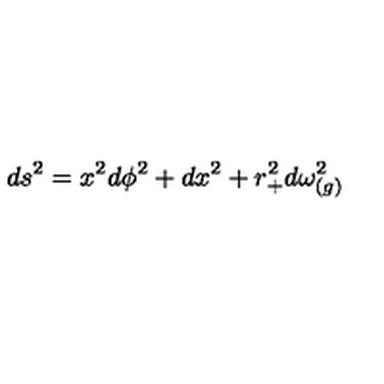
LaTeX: d s ^ { 2 } = x ^ { 2 } d \phi ^ { 2 } + d x ^ { 2 } + r _ { + } ^ { 2 } d \omega _ { ( g ) } ^ { 2 }